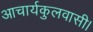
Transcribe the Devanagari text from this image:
आचार्यकुलवासी।